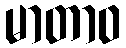
မာတာဝ